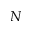
N